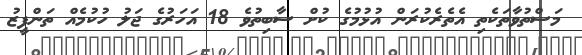
މަސްތުވާތަކެތި އެތެރެކުރަން އުޅުމުގެ ކުށް ސާބިތުވެ 18 އަހަރުގެ ޖަލު ހުކުމެއް ތަންފީޒު